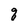
Character: q